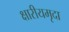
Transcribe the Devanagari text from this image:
क्षारीयमृदा